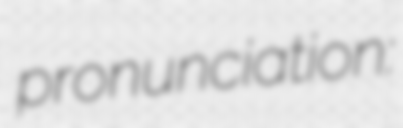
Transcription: pronunciation: